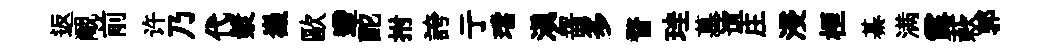
返覼前许乃代漿嶻歐遰酡拊誇亍璫滇齧多瞀珪墓谊庄浸桓綦满露蔌郭